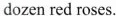
dozen red roses.